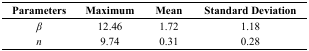
| Parameters | Maximum | Mean | Standard Deviation |
 | --- | --- | --- | --- |
 | β | 12.46 | 1.72 | 1.18 |
 | n | 9.74 | 0.31 | 0.28 |